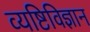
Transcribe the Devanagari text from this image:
व्यष्टिविज्ञान